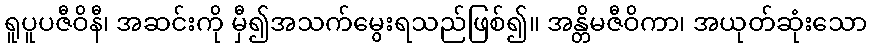
ရူပူပဇီဝိနီ၊ အဆင်းကို မှီ၍အသက်မွေးရသည်ဖြစ်၍။ အန္တိမဇီဝိကာ၊ အယုတ်ဆုံးသော